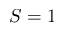
S = 1